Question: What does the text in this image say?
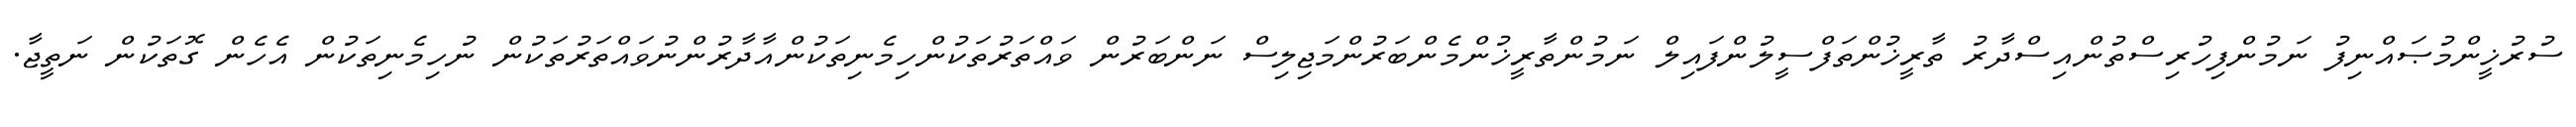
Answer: ސުރުޚީންމުޞައްނިފު ނަމުންފިހުރިސްތުންއިސްދާރު ތާރީޚުންތަފްސީލުންފައިލް ނަމުންތާރީޚުންމެންބަރުންމަޖިލިސް ނަންބަރުން ވައްތަރުތަކުންހިމެނިތަކުންއާދާރުންނުވައްތަރުތަކުން ނުހިމެނިތަކުން އެހެން ގޮތަކުން ނަތީޖާ.